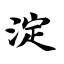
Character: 淀